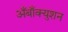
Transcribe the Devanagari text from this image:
अँबाँक्युशन